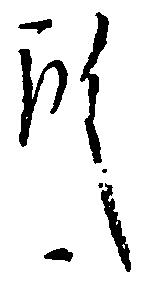
殿